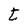
Character: t